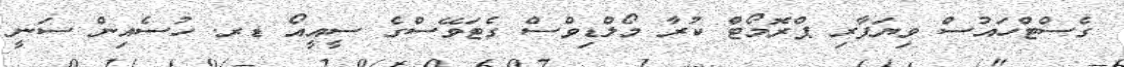
ގެސްޓްހައުސް ވިޔަފާރި ޕްރޮމޯޓް ކުރާ މޯލްޑިވްސް ގެޓަވޭސްގެ ސީއީއޯ ޑރ. ހުސެއިން ސަނީ